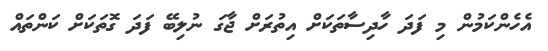
އެހެންކަމުން މި ފަދަ ހާދިސާތަކަށް އިތުރަށް ޖާގަ ނުލިބޭ ފަދަ ގޮތަކަށް ކަންތައް